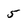
Character: 5